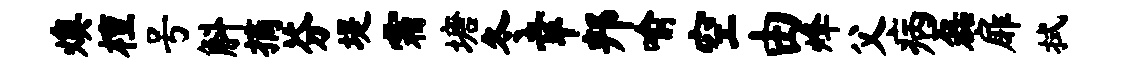
燠檀号斛摘芬堤霜塘冬幸邦喻空由烽父病磊扉拭